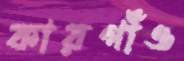
কারগাঁও